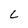
Character: L